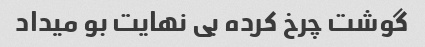
گوشت چرخ کرده بی نهایت بو میداد